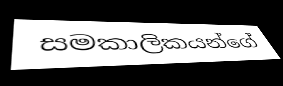
සමකාලිකයන්ගේ